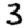
Digit: 3